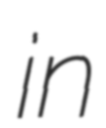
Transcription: in